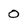
Character: 0